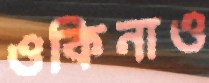
ওকিনাও